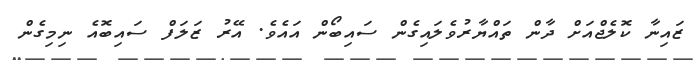
ޒައިނާ ކޮލެޖްއަށް ދާން ތައްޔާރުވެލައިގެން ސައިބޯން އައެވެ. އޭރު ޒަލަފް ސައިބޮއެ ނިމިގެން